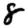
Digit: 8